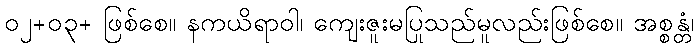
၀၂+၀၃+ ဖြစ်စေ။ နကယိရာဝါ၊ ကျေးဇူးမပြုသည်မူလည်းဖြစ်စေ။ အစ္စန္တံ၊